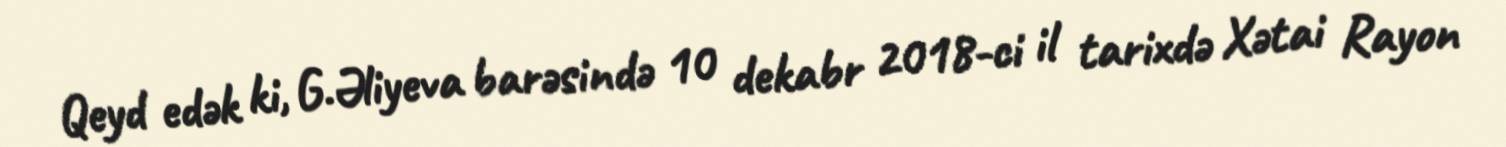
Qeyd edək ki, G.Əliyeva barəsində 10 dekabr 2018-ci il tarixdə Xətai Rayon